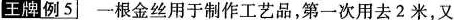
王牌例5 一根金丝用于制作工艺品，第一次用去2米，又